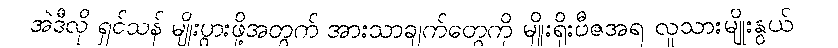
အဲဒီလို ရှင်သန် မျိုးပွားဖို့အတွက် အားသာချက်တွေကို မျိုးရိုးဗီဇအရ လူသားမျိုးနွယ်